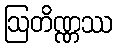
ဩတိဏ္ဏဿ